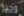
وحيد